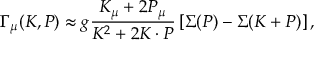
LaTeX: \Gamma _ { \mu } ( K , P ) \approx g \frac { K _ { \mu } + 2 P _ { \mu } } { K ^ { 2 } + 2 K \cdot P } \left[ \Sigma ( P ) - \Sigma ( K + P ) \right] ,